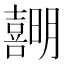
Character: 𪢣